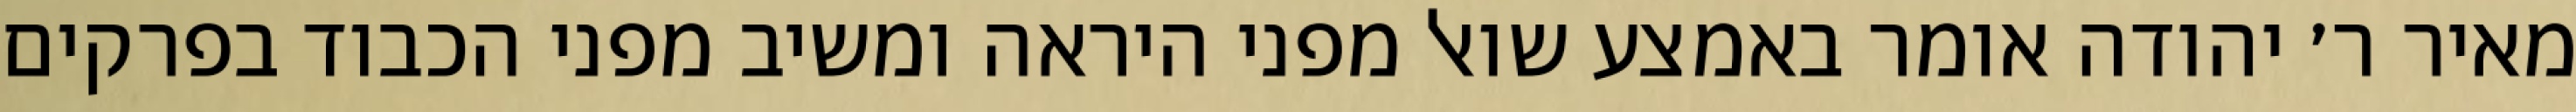
מאיר ר׳ יהודה אומר באמצע שואל מפני היראה ומשיב מפני הכבוד בפרקים